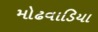
મોઢવાડિયા